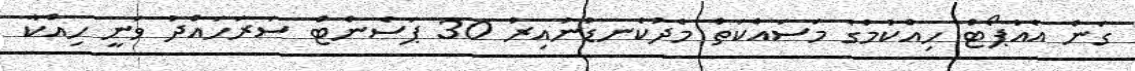
ގަން އެއާޕޯޓް ހިއްކުމުގެ މަސައްކަތް މެދުކެނޑުނުއިރު 30 ޕަސެންޓް ސަރަހައްދު ވަނީ ހިއްކާ